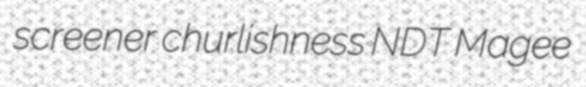
screener churlishness NDT Magee